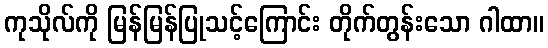
ကုသိုလ်ကို မြန်မြန်ပြုသင့်ကြောင်း တိုက်တွန်းသော ဂါထာ။